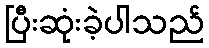
ပြီးဆုံးခဲ့ပါသည်